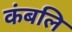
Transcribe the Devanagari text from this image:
कंबलि